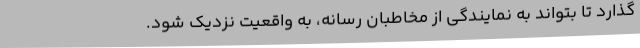
گذارد تا بتواند به نمایندگی از مخاطبان رسانه، به واقعیت نزدیک شود.